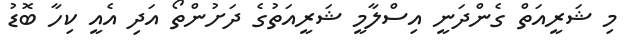
މި ޝަރީއަތް ގެންދަނީ އިސްލާމީ ޝަރީއަތުގެ ދަށުންތޯ އަދި އެއީ ކިހާ ބޮޑު